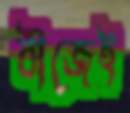
বীজেই